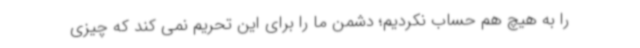
را به هیچ هم حساب نکردیم؛ دشمن ما را برای این تحریم نمی کند که چیزی